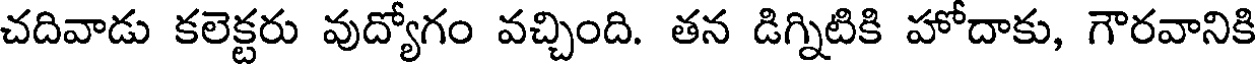
చదివాడు కలెక్టరు వుద్యోగం వచ్చింది. తన డిగ్నిటికి హోదాకు, గౌరవానికి